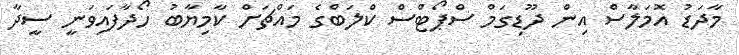
މާދަޑު އޮމަލާސް އިން ދޫޑިގަމް ސްޕޯޓްސް ކްލަބްގެ މައްޗަށް ކާމިޔާބު ހޯދާފައިވަނީ ސީދާ